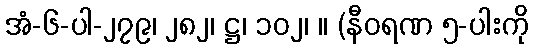
အံ-၆-ပါ-၂၇၉၊ ၂၈၂၊ ဋ္ဌ၊ ၁၀၂၊ ။ (နီဝရဏ ၅-ပါးကို